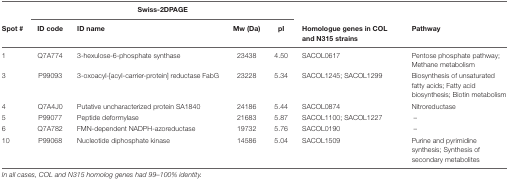
<table><thead><tr><td></td><td colspan="4"><b>Swiss-2DPAGE</b></td><td></td><td></td></tr><tr><td><b>Spot #</b></td><td><b>ID code</b></td><td><b>ID name</b></td><td><b>Mw (Da)</b></td><td><b>pI</b></td><td><b>Homologue genes in COL and N315 strains</b></td><td><b>Pathway</b></td></tr></thead><tbody><tr><td>1</td><td>Q7A774</td><td>3-hexulose-6-phosphate synthase</td><td>23438</td><td>4.50</td><td>SACOL0617</td><td>Pentose phosphate pathway; Methane metabolism</td></tr><tr><td>3</td><td>P99093</td><td>3-oxoacyl-[acyl-carrier-protein] reductase FabG</td><td>23228</td><td>5.34</td><td>SACOL1245; SACOL1299</td><td>Biosynthesis of unsaturated fatty acids; Fatty acid biosynthesis; Biotin metabolism</td></tr><tr><td>4</td><td>Q7A4J0</td><td>Putative uncharacterized protein SA1840</td><td>24186</td><td>5.44</td><td>SACOL0874</td><td>Nitroreductase</td></tr><tr><td>5</td><td>P99077</td><td>Peptide deformylase</td><td>21683</td><td>5.87</td><td>SACOL1100; SACOL1227</td><td>–</td></tr><tr><td>6</td><td>Q7A782</td><td>FMN-dependent NADPH-azoreductase</td><td>19732</td><td>5.76</td><td>SACOL0190</td><td>–</td></tr><tr><td>10</td><td>P99068</td><td>Nucleotide diphosphate kinase</td><td>14586</td><td>5.04</td><td>SACOL1509</td><td>Purine and pyrimidine synthesis; Synthesis of secondary metabolites</td></tr></tbody></table>